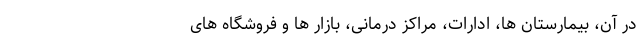
در آن، بیمارستان ها، ادارات، مراکز درمانی، بازار ها و فروشگاه های